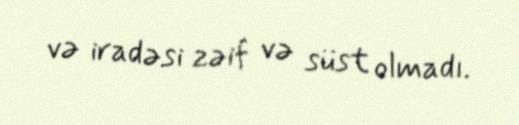
və iradəsi zəif və süst olmadı.